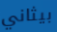
بيثاني